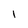
Character: 1